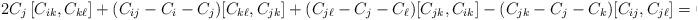
LaTeX: \begin{align*}2C_j\,[C_{ik},C_{k\ell}] +(C_{ij}-C_i-C_j)[C_{k\ell},C_{jk}] +(C_{j\ell}-C_j-C_\ell) [C_{jk},C_{ik}] -(C_{jk}-C_j-C_k)[C_{ij},C_{j\ell}] =0\,. \end{align*}